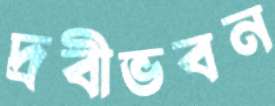
দ্রবীভবন